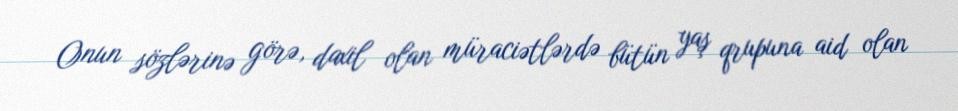
Onun sözlərinə görə, daxil olan müraciətlərdə bütün yaş qrupuna aid olan